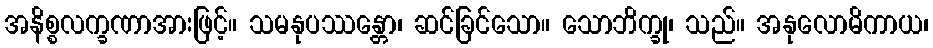
အနိစ္စလက္ခဏာအားဖြင့်။ သမနုပဿန္တော၊ ဆင်ခြင်သော။ သောဘိက္ခု၊ သည်။ အနုလောမိကာယ၊